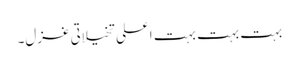
بہت بہت بہت اعلی تخیلاتی غزل۔